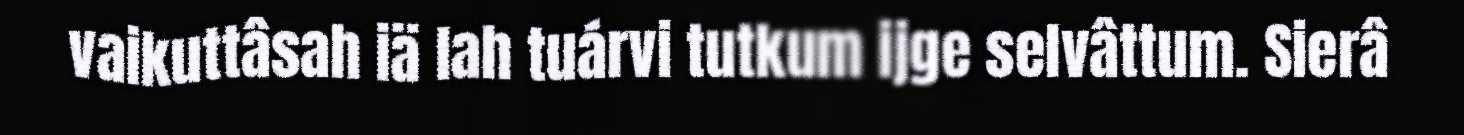
vaikuttâsah iä lah tuárvi tutkum ijge selvâttum. Sierâ